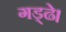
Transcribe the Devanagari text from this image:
गड्ढे।